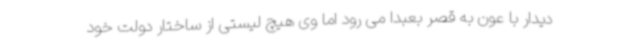
دیدار با عون به قصر بعبدا می رود اما وی هیچ لیستی از ساختار دولت خود